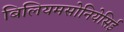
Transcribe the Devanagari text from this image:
बिलियमसोनियेसिई